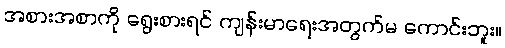
အစားအစာကို ရွေးစားရင် ကျန်းမာရေးအတွက်မ ကောင်းဘူး။